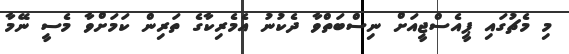
މި މެޗުގައި ޕީއެސްޖީއަށް ނިސްބަތްވާ ދެކުނު އެމެރިކާގެ ތަރިން ކަމަށްވާ މެސީ ނޭމާ